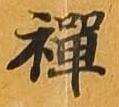
禅